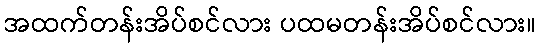
အထက်တန်းအိပ်စင်လား ပထမတန်းအိပ်စင်လား။